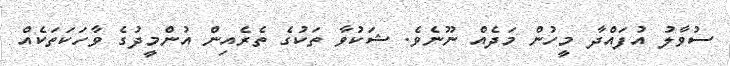
ސުވާލު އުފައްދާ މީހުން މަދެއް ނޫނެވެ. ޝަކުވާ ތަކުގެ ތެރެއިން އުންމީދުގެ ވާހަކަތަކެއް